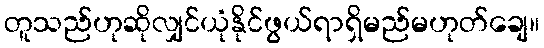
တူသည်ဟုဆိုလျှင်ယုံနိုင်ဖွယ်ရာရှိမည်မဟုတ်ချေ။